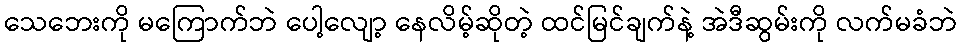
သေဘေးကို မကြောက်ဘဲ ပေါ့လျော့ နေလိမ့်ဆိုတဲ့ ထင်မြင်ချက်နဲ့ အဲဒီဆွမ်းကို လက်မခံဘဲ